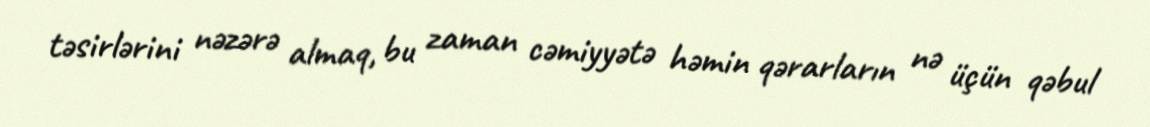
təsirlərini nəzərə almaq, bu zaman cəmiyyətə həmin qərarların nə üçün qəbul